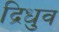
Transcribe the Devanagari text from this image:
द्रिधुव